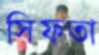
সিফতা